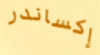
إكساندر